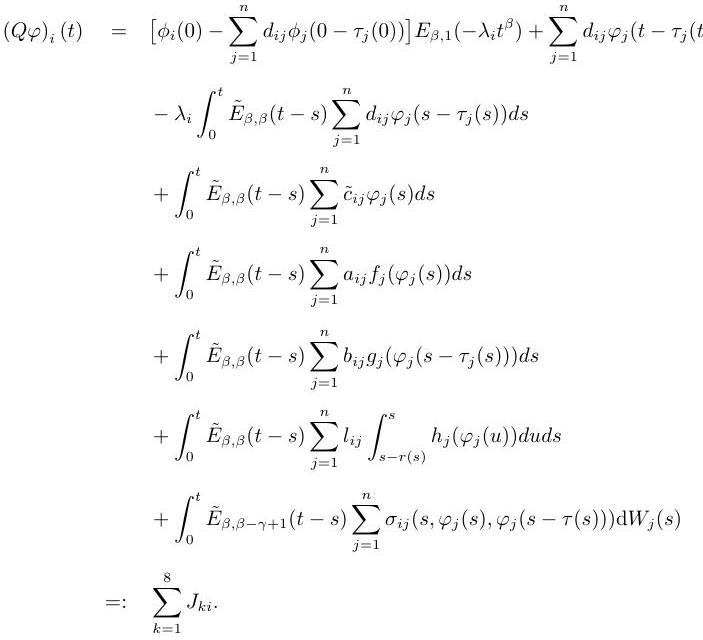
\begin{align*}
(Q\varphi)_i(t) &= \left[\phi_i(0) - \sum_{j = 1}^{n}d_{ij}\phi_j(0 - \tau_j(0))\right]E_{\beta,1}(-\lambda_i t^{\beta}) + \sum_{j = 1}^{n}d_{ij}\varphi_j(t - \tau_j(0))\\
&- \lambda_i \int_{0}^{t} \tilde{E}_{\beta,\beta}(t - s)\sum_{j = 1}^{n}d_{ij}\varphi_j(s - \tau_j(s))ds\\
&+ \int_{0}^{t} \tilde{E}_{\beta,\beta}(t - s)\sum_{j = 1}^{n}\tilde{c}_{ij}\varphi_j(s)ds\\
&+ \int_{0}^{t} \tilde{E}_{\beta,\beta}(t - s)\sum_{j = 1}^{n}a_{ij}f_j(\varphi_j(s))ds\\
&+ \int_{0}^{t} \tilde{E}_{\beta,\beta}(t - s)\sum_{j = 1}^{n}b_{ij}g_j(\varphi_j(s - \tau_j(s)))ds\\
&+ \int_{0}^{t} \tilde{E}_{\beta,\beta}(t - s)\sum_{j = 1}^{n}l_{ij}\int_{s - r(s)}^{s} h_j(\varphi_j(u))duds\\
&+ \int_{0}^{t} \tilde{E}_{\beta,\beta - \gamma + 1}(t - s)\sum_{j = 1}^{n}\sigma_{ij}(s,\varphi_j(s),\varphi_j(s - \tau(s)))dW_j(s)\\
&=: \sum_{k = 1}^{8}J_{ki}.
\end{align*}